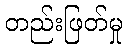
တည်းဖြတ်မှု